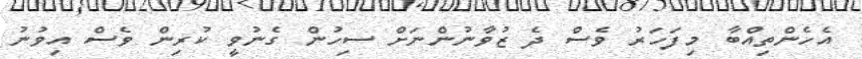
އެހެންތިއްބާ މިފަހަރު ވެސް ދެ ޒުވާނުންނަށް ސިހުން ގެނުވީ ކުރިން ވެސް އިވުނު